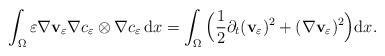
LaTeX: \begin{align*}\int_{\Omega} \varepsilon \nabla \mathbf{v}_{\varepsilon} \nabla c_{\varepsilon}\otimes \nabla c_{\varepsilon}\, \mathrm{d} x=\int_{\Omega}\Big( \frac{1}{2}\partial_{t}(\mathbf{v}_{\varepsilon})^2+(\nabla \mathbf{v}_{\varepsilon})^2 \Big)\mathrm{d} x.\end{align*}